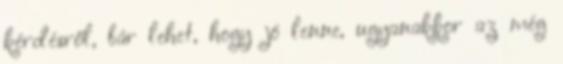
kérdésről, bár lehet, hogy jó lenne, ugyanakkor az még